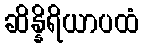
ဆိန္နိရိယာပထံ